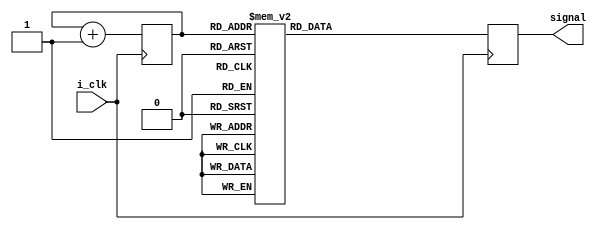
module  Signal_Generator(
	input wire i_clk,
	output reg [2:0] signal);
					

//Signal generator elements

reg[2:0] sinAddr = 3'd0;
reg[2:0] sine = 3'd0;

//Variables to hold captured values



always@(posedge i_clk)
begin
	sinAddr <= sinAddr + 3'd1;
	signal <= sine;
end

//Sin Wave ROM Table
always@(sinAddr)
	begin
		case(sinAddr)
			3'd0: sine = 3'd0;
			3'd1: sine = 3'd1;
			3'd2: sine = 3'd2;
			3'd3: sine = 3'd3;
			3'd4: sine = 3'd4;
			3'd5: sine = 3'd5;
			3'd6: sine = 3'd6;
			3'd7: sine = 3'd7;
			default: sine = 3'd0;
		endcase
	end	
	
endmodule